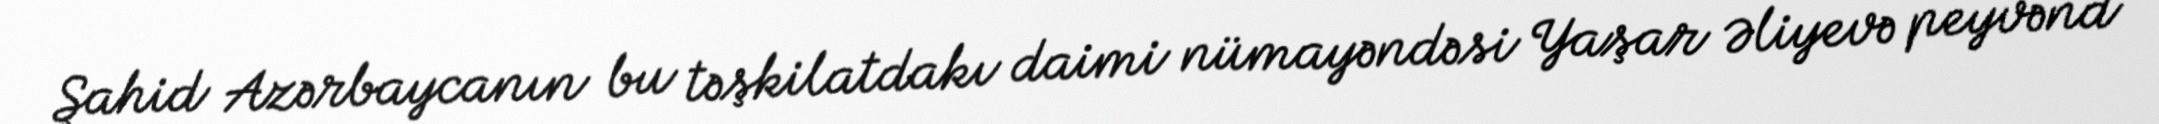
Şahid Azərbaycanın bu təşkilatdakı daimi nümayəndəsi Yaşar Əliyevə peyvənd